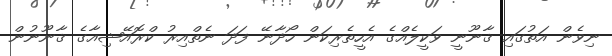
ނިވެން އަތުގައި ޤާނޫނީ ވަކީލެއްގެ އެހީތެރިކަން ހޯދާނޭ ފަދަ ނެތްއިރު ކްރޮއޭޝިއާގެ ޤާނޫނުން